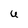
Character: U